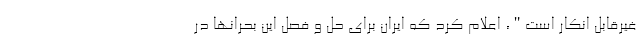
غیرقابل انکار است"، اعلام کرد که ایران برای حل و فصل این بحرانها در